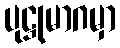
ပုဋ္ဌုမာဂမှာ